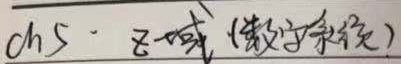
ch5· 习题（数字系统）